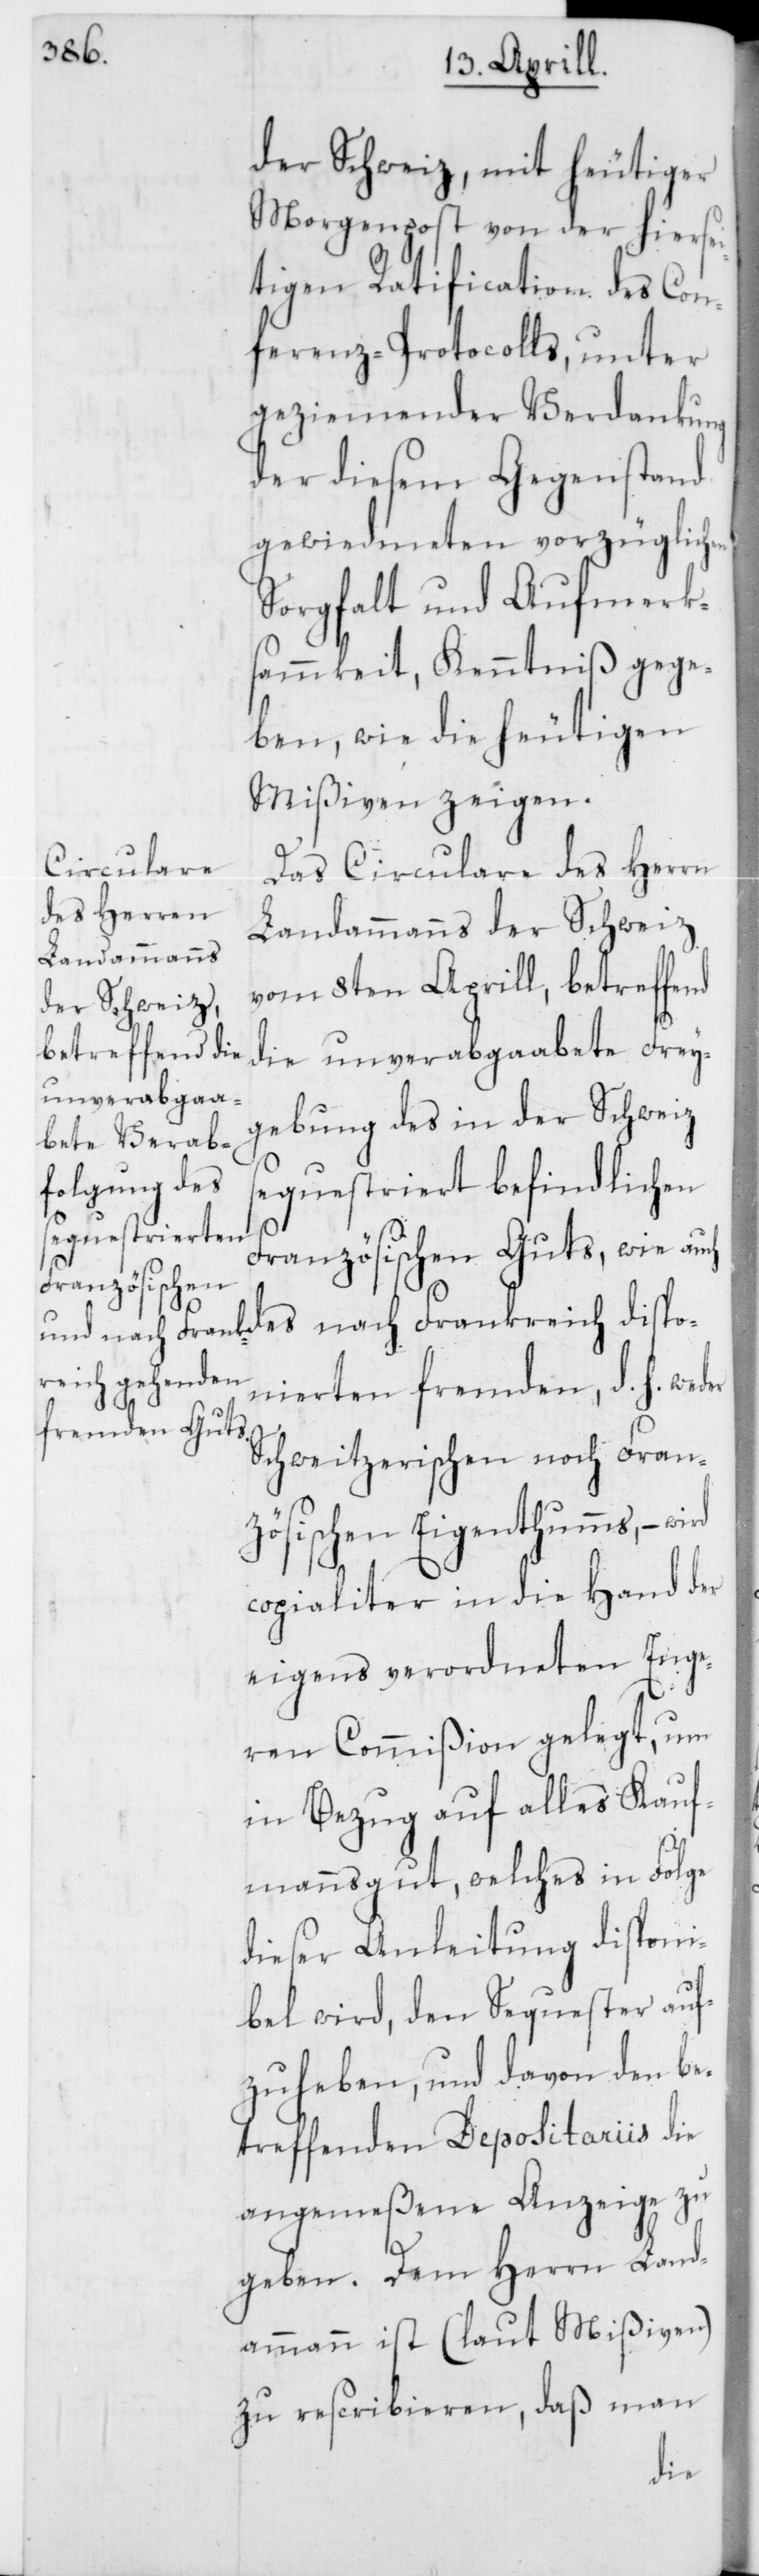
der Schweiz, mit heutiger
Morgenpost von der hiersei¬
tigen Ratification des Con¬
ferenz-Protocolls, unter
geziemender Verdankung
der diesem Gegenstand
gewiedmeten vorzüglichen
Sorgfalt und Aufmerk¬
sammkeit, Kenntniß gege¬
ben, wie die heutigen
Mißiven zeigen.
Das Circulare des Herrn
Landammanns der Schweiz
vom 8ten Aprill, betreffend
die unverabgaabete Frey¬
gebung des in der Schweiz
sequstriert befindlichen
Französischen Guts, wie auch
onierten fremden, d. h. we¬
Schweitzerischen noch Franz¬
ösischen Eigenthums, –
copialiter in die Hand der
eigens verordneten Enge¬
ren Commißion gelegt, um
in Bezug auf alles Kauf¬
mannsgut, welches in Folge
dieser Anleitung disponi¬
bel wird, den Sequester auf¬
zuheben, und davon den be¬
treffenden Depositariis die
angemeßene Anzeige zu
geben. Dem Herrn Land¬
ammann ist (laut Mißiven)
zu rescribieren, daß man
der